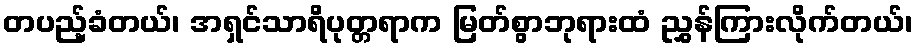
တပည့်ခံတယ်၊ အရှင်သာရိပုတ္တရာက မြတ်စွာဘုရားထံ ညွှန်ကြားလိုက်တယ်၊